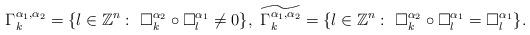
LaTeX: \begin{align*}\Gamma_k^{\alpha_1,\alpha_2}=\{l\in \mathbb{Z}^n:~\Box_k^{\alpha_2}\circ\Box_l^{\alpha_1}\neq 0 \},~ \widetilde{\Gamma_k^{\alpha_1,\alpha_2}}=\{l\in\mathbb{Z}^n:~\Box_k^{\alpha_2}\circ \Box_l^{\alpha_1}=\Box_l^{\alpha_1} \}.\end{align*}